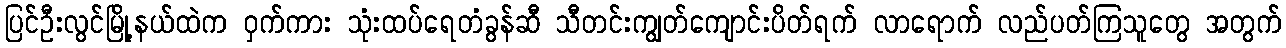
ပြင်ဦးလွင်မြို့နယ်ထဲက ဝှက်ကား သုံးထပ်ရေတံခွန်ဆီ သီတင်းကျွတ်ကျောင်းပိတ်ရက် လာရောက် လည်ပတ်ကြသူတွေ အတွက်